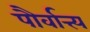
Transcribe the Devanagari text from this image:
पौर्वात्त्य